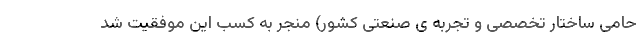
حامی ساختار تخصصی و تجربه ی صنعتی کشور) منجر به کسب این موفقیت شد